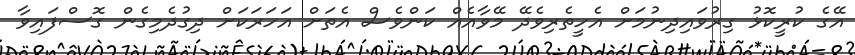
އޭގެ ކުރީކޮޅު ގިރުވައިދިނުމަށް އެހީތެރިވެދޭ މޭވާއެއް ކަންވެސް އެތަށް އަހަރަކަށް ދިގުދެމިގެން ގޮސްފައިވާ